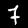
Digit: 7